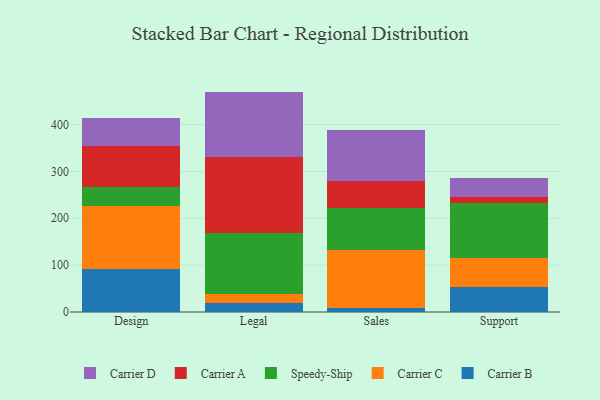
{"axis": {"x": "Department", "y": "Tickets Resolved"}, "legend": ["Carrier A", "Carrier B", "Carrier C", "Carrier D", "Speedy-Ship"], "data": [{"x": "Design", "y": 92.6, "type": "Carrier B"}, {"x": "Design", "y": 132.6, "type": "Carrier C"}, {"x": "Design", "y": 41.8, "type": "Speedy-Ship"}, {"x": "Design", "y": 87.0, "type": "Carrier A"}, {"x": "Design", "y": 59.2, "type": "Carrier D"}, {"x": "Legal", "y": 18.9, "type": "Carrier B"}, {"x": "Legal", "y": 18.9, "type": "Carrier C"}, {"x": "Legal", "y": 131.2, "type": "Speedy-Ship"}, {"x": "Legal", "y": 162.7, "type": "Carrier A"}, {"x": "Legal", "y": 138.7, "type": "Carrier D"}, {"x": "Sales", "y": 9.1, "type": "Carrier B"}, {"x": "Sales", "y": 122.5, "type": "Carrier C"}, {"x": "Sales", "y": 90.6, "type": "Speedy-Ship"}, {"x": "Sales", "y": 58.3, "type": "Carrier A"}, {"x": "Sales", "y": 107.7, "type": "Carrier D"}, {"x": "Support", "y": 54.3, "type": "Carrier B"}, {"x": "Support", "y": 60.2, "type": "Carrier C"}, {"x": "Support", "y": 118.0, "type": "Speedy-Ship"}, {"x": "Support", "y": 12.1, "type": "Carrier A"}, {"x": "Support", "y": 40.7, "type": "Carrier D"}]}